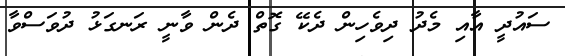
ސައުދީ އާއި މެދު ދިވެހިން ދެކޭ ގޮތް ދެން ވާނީ ރަނގަޅު ދުވަސްވާ